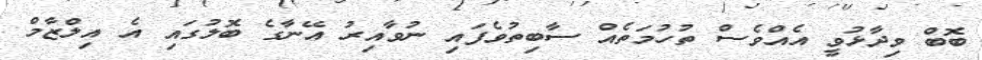
ބޮބް ވިދާޅުވީ އެއްވެސް ތުހުމަތެއް ސާބިތުވެފައި ނުވާއިރު އޭނާގެ ބޮލުގައި އެ އިލްޒާމް